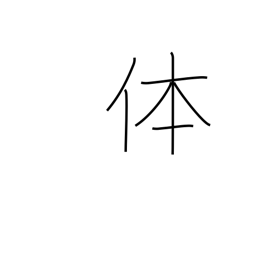
Meaning: reality